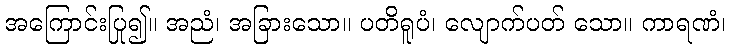
အကြောင်းပြု၍။ အညံ၊ အခြားသော။ ပတိရူပံ၊ လျောက်ပတ် သော။ ကာရဏံ၊